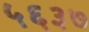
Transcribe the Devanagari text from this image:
५६३७